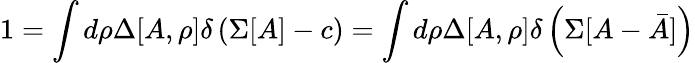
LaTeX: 1=\int d\rho\Delta[A,\rho]\delta\left(\Sigma[A]-c\right)=\int d\rho\Delta[A,\rho]\delta\left(\Sigma[A-\bar{A}]\right)